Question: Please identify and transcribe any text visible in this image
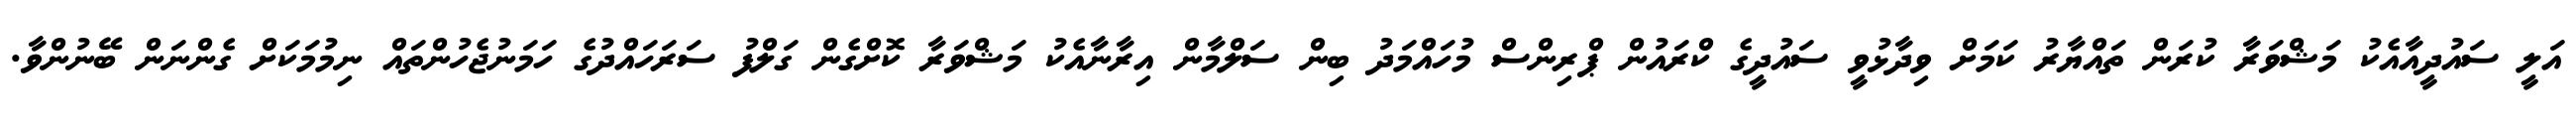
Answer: އަލީ ސައުދީއާއެކު މަޝްވަރާ ކުރަން ތައްޔާރު ކަމަށް ވިދާޅުވީ ސައުދީގެ ކްރައުން ޕްރިންސް މުހައްމަދު ބިން ސަލްމާން އިރާނާއެކު މަޝްވަރާ ކޮށްގެން ގަލްފު ސަރަހައްދުގެ ހަމަނުޖެހުންތައް ނިމުމަކަށް ގެންނަން ބޭނުންވާ.